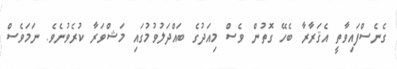
ގެނެސްފައިވާތީ އެޤަރާރާ ބެހޭ ގޮތުން ވެސް މިއަދުގެ ބައްދަލުވުމުގައި މަޝްވަރާ ކުރެވުނެވެ. ނަމަވެސް